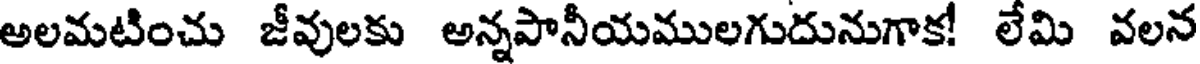
అలమటించు జీవులకు అన్నపానీయములగుదునుగాక! లేమి వలన